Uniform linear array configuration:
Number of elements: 32
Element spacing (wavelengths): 0.75
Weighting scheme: uniform
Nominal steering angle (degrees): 45
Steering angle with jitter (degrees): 46.198
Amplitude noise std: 0.05
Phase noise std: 0.05

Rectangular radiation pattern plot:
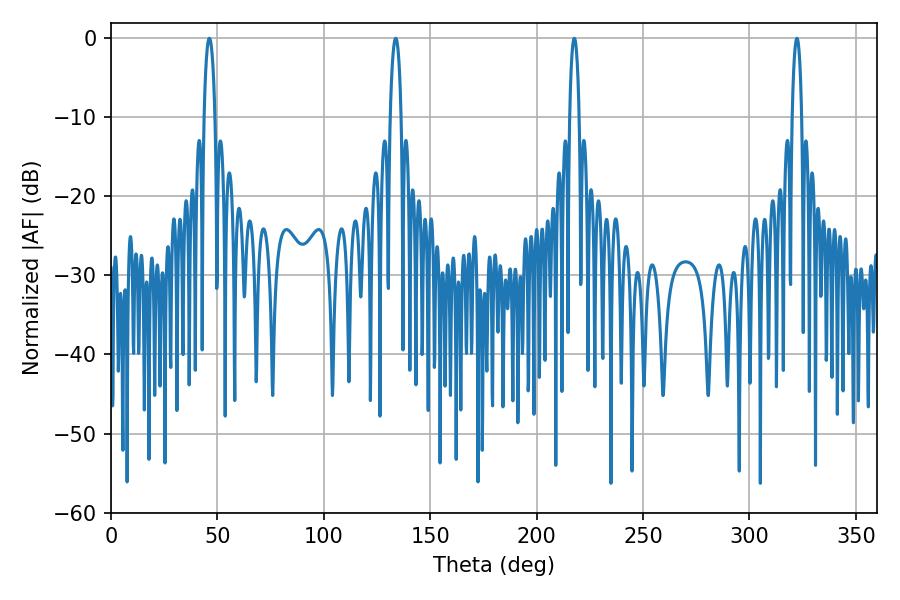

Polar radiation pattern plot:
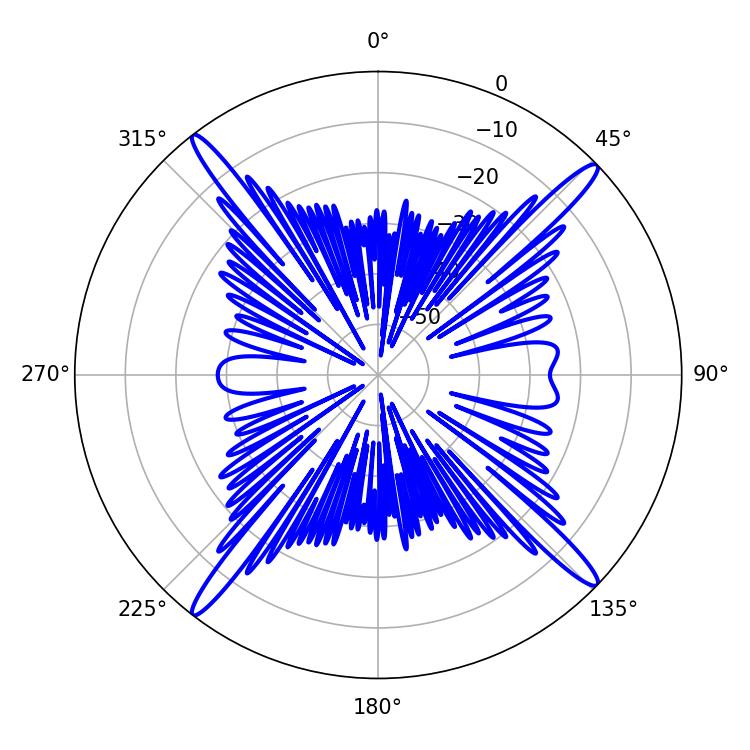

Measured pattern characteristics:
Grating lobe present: TRUE
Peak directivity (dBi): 19.337
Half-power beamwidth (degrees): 2.88
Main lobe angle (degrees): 46.26